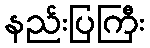
နည်းပြကြီး